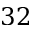
3 2